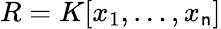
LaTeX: R=K[x_{1},\ldots,x_{\mathsf{n}}]